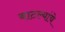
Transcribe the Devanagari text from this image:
बाटल्यांचे